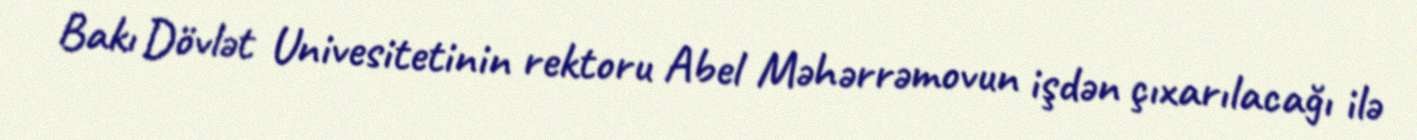
Bakı Dövlət Univesitetinin rektoru Abel Məhərrəmovun işdən çıxarılacağı ilə